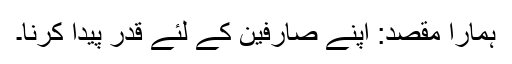
ہمارا مقصد: اپنے صارفین کے لئے قدر پیدا کرنا۔